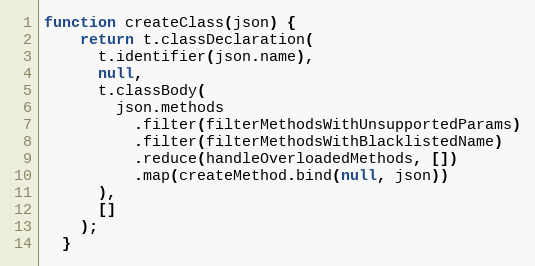
Language: JavaScript
function createClass(json) {
    return t.classDeclaration(
      t.identifier(json.name),
      null,
      t.classBody(
        json.methods
          .filter(filterMethodsWithUnsupportedParams)
          .filter(filterMethodsWithBlacklistedName)
          .reduce(handleOverloadedMethods, [])
          .map(createMethod.bind(null, json))
      ),
      []
    );
  }